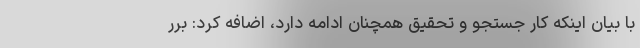
با بیان اینکه کار جستجو و تحقیق همچنان ادامه دارد، اضافه کرد: برر